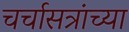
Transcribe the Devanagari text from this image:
चर्चासत्रांच्या